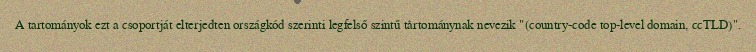
A tartományok ezt a csoportját elterjedten országkód szerinti legfelső szintű tartománynak nevezik "(country-code top-level domain, ccTLD)".